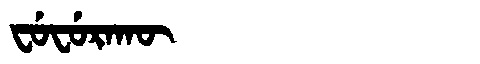
Manchu: ᠸᡠᠸᡠᡵᠠᡴᡡ
Romanization: FUFURAKŪ